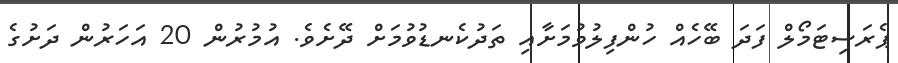
ޕެރަސިޓަމޯލް ފަދަ ބޭހެއް ހުންފިލުވުމަށާއި ތަދުކެނޑުވުމަށް ދޭށެވެ. އުމުރުން 20 އަހަރުން ދަށުގެ